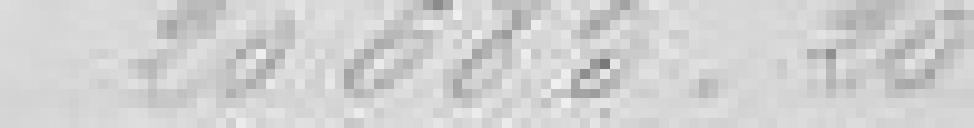
20685.20